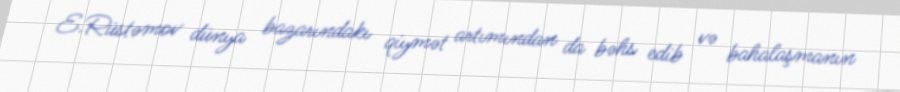
E.Rüstəmov dünya bazarındakı qiymət artımından da bəhs edib və bahalaşmanın